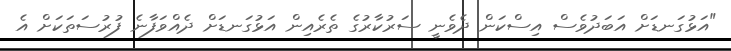
"އަޅުގަނޑަށް އަބަދުވެސް އިސްކަން ދެވެނީ ސަރުކާރުގެ ތެރެއިން އަޅުގަނޑަށް ދެއްވަފާނެ ފުރުސަތަކަށް އެ